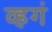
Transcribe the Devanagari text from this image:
व्हगं